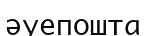
әуепошта